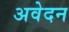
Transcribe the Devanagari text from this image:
अवेदन